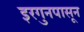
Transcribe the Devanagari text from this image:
इरगुनपासून